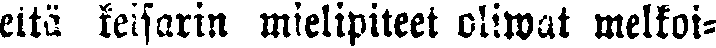
että keisarin mielipiteet oliwat melkoi-